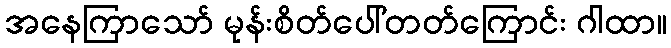
အနေကြာသော် မုန်းစိတ်ပေါ်တတ်ကြောင်း ဂါထာ။